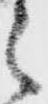
之